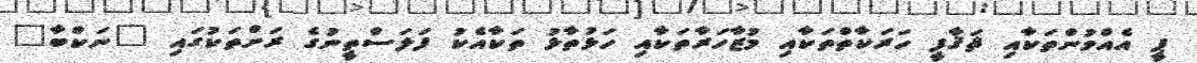
ޕީ އެއްވުންތަކާއި ޘަޤާފީ ހަރަކާތްތަކާއި މުޒާހަރާތަކާއި ހަޅުތާޅު ތަކާއެކު ފަލަސްތީނުގެ ރަށްތަކުގައި "ނަކްބާ"